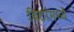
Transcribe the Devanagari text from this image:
विटांमध्ये